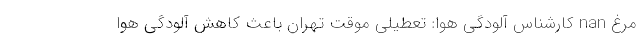
مرغ nan کارشناس آلودگی هوا: تعطیلی موقت تهران باعث کاهش آلودگی هوا